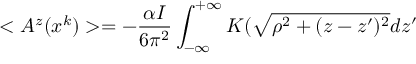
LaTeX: < A ^ { z } ( x ^ { k } ) > = - \frac { \alpha I } { 6 \pi ^ { 2 } } \int _ { - \infty } ^ { + \infty } K ( \sqrt { \rho ^ { 2 } + ( z - z ^ { \prime } ) ^ { 2 } } d z ^ { \prime }